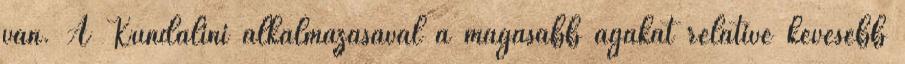
van. A Kundaliní alkalmazásával a magasabb ágakat relatíve kevesebb